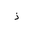
Letter: _thal